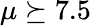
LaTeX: \mu\succeq 7.5